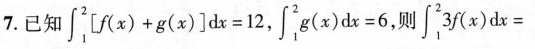
7.已知 $$\int _ { 1 } ^ { 2 } \left [ f ( x ) + g ( x ) \right ] d x = 1 2$$ , $$\int _ { 1 } ^ { 2 } g ( x ) d x = 6$$ , $$\int